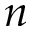
n